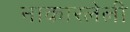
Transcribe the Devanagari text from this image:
नाकारलेली